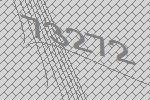
73272